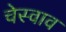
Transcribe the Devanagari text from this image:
चेस्वाव